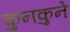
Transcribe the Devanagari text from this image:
कुनकुने